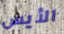
الأيس